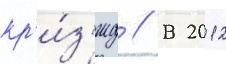
кр'и́з'ису // В 2012